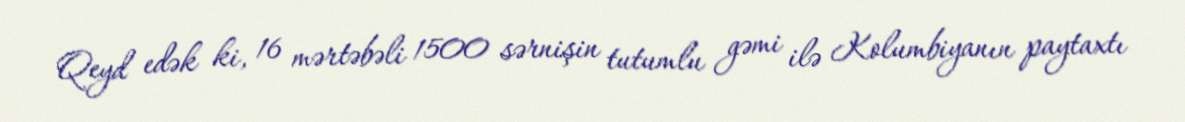
Qeyd edək ki, 16 mərtəbəli 1500 sərnişin tutumlu gəmi ilə Kolumbiyanın paytaxtı